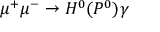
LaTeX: \mu ^ { + } \mu ^ { - } \rightarrow H ^ { 0 } ( P ^ { 0 } ) \gamma